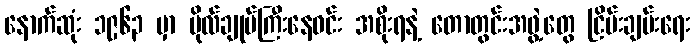
နောက်ဆုံး ၁၉၆၃ မှာ ဗိုလ်ချုပ်ကြီးနေဝင်း အစိုးရနဲ့ တောတွင်းအဖွဲ့တွေ ငြိမ်းချမ်းရေး